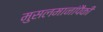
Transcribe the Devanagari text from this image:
मुसलमानांपैकी